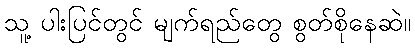
သူ့ ပါးပြင်တွင် မျက်ရည်တွေ စွတ်စိုနေဆဲ။